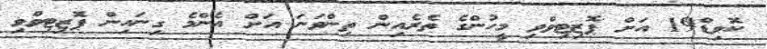
ކޮވިޑް19 އަށް ޕޮޒިޓިވްވި މީހުންގެ ތެރެއިން ތިންވަނަ އަށް އެންމެ ގިނައިން ޕޮޒިޓިވްވި